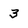
Character: 3